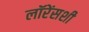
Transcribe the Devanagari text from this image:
लॉरेंसशी